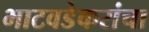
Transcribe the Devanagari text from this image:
भाटवडेकरांचा